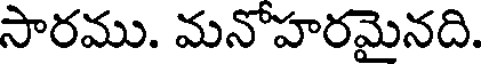
సారము. మనోహరమైనది.